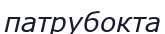
патрубокта